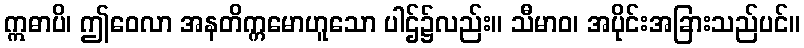
ဣဓာပိ၊ ဤဝေလာ အနတိက္ကမောဟူသော ပါဌ်၌လည်း။ သီမာဝ၊ အပိုင်းအခြားသည်ပင်။